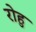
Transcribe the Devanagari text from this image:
रोहु